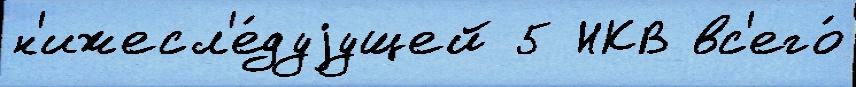
н'ижесл'е́дуjущей 5 НКВ вс'его́